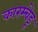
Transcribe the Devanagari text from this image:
कारम्चेडू